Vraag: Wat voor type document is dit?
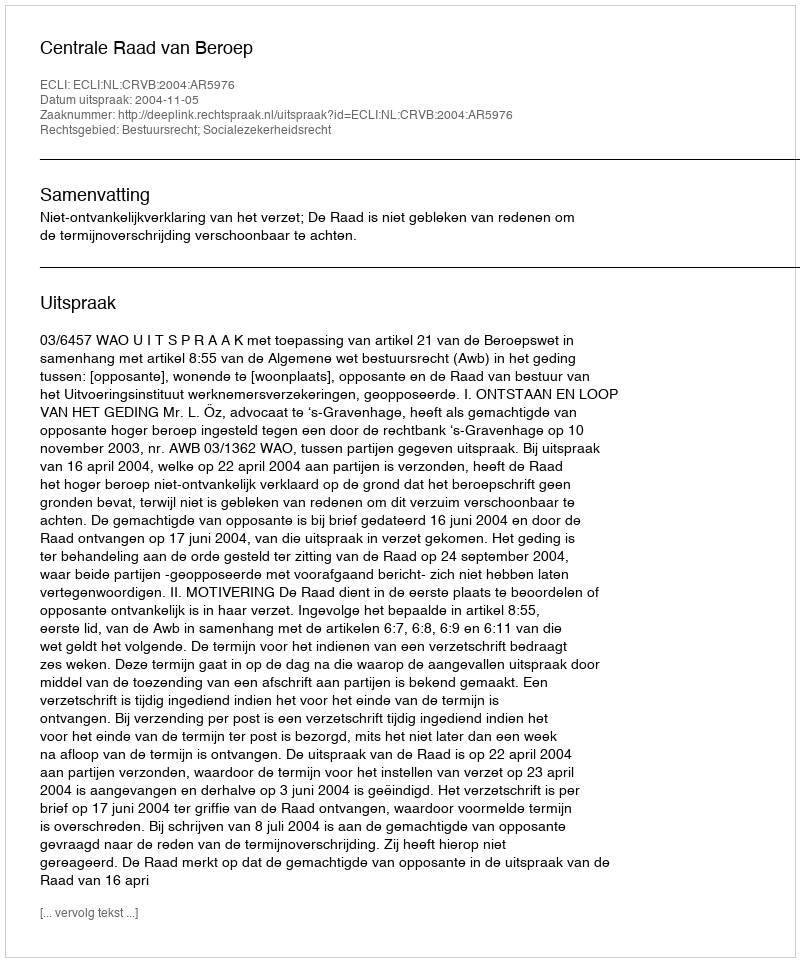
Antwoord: Uitspraak